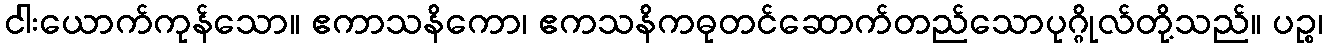
ငါးယောက်ကုန်သော။ ဧကာသနိကော၊ ဧကသနိကဓုတင်ဆောက်တည်သောပုဂ္ဂိုလ်တို့သည်။ ပဉ္စ၊